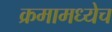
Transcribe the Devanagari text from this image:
क्रमामध्येच